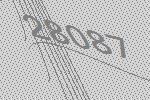
28087